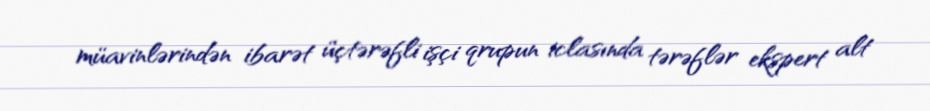
müavinlərindən ibarət üçtərəfli işçi qrupun iclasında tərəflər ekspert alt